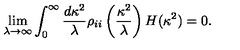
\lim _ { \lambda \rightarrow \infty } \int _ { 0 } ^ { \infty } \frac { d \kappa ^ { 2 } } { \lambda } \rho _ { i i } \left( \frac { \kappa ^ { 2 } } { \lambda } \right) H ( \kappa ^ { 2 } ) = 0 .